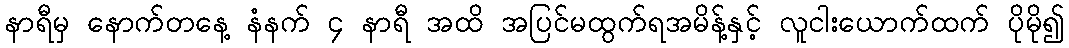
နာရီမှ နောက်တနေ့ နံနက် ၄ နာရီ အထိ အပြင်မထွက်ရအမိန့်နှင့် လူငါးယောက်ထက် ပိုမို၍